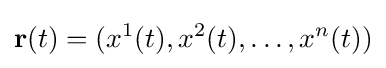
\mathbf {r} (t)=(x^{1}(t),x^{2}(t),\ldots ,x^{n}(t))